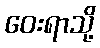
ဝေးရာသို့